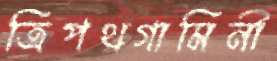
ত্রিপথগামিনী